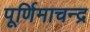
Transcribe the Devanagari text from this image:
पूर्णिमाचन्द्र